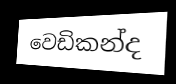
වෙඩිකන්ද